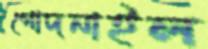
গোদনাইল